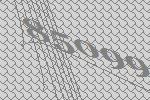
85099